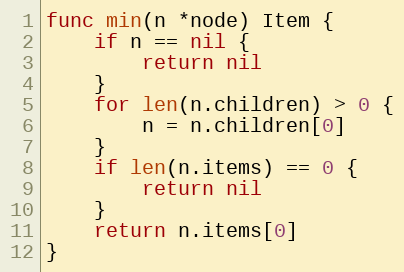
Language: Go
func min(n *node) Item {
	if n == nil {
		return nil
	}
	for len(n.children) > 0 {
		n = n.children[0]
	}
	if len(n.items) == 0 {
		return nil
	}
	return n.items[0]
}